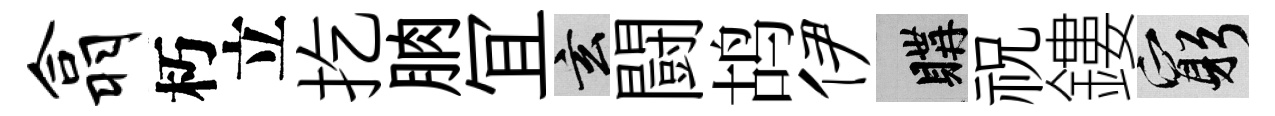
翕朽立扢朒冝玄闘鸪伊購祝鏤窮